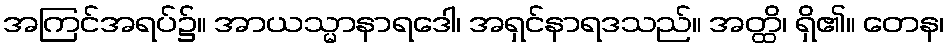
အကြင်အရပ်၌။ အာယသ္မာနာရဒေါ၊ အရှင်နာရဒသည်။ အတ္ထိ၊ ရှိ၏။ တေန၊